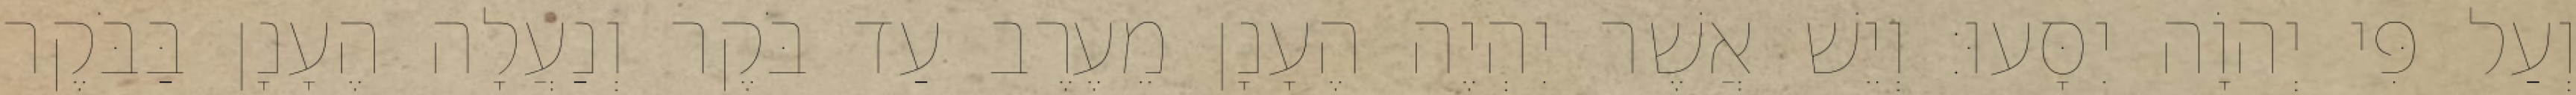
וְעַל פִּי יְהוָֹה יִסָּעוּ׃ וְיֵשׁ אֲשֶׁר יִהְיֶה הֶעָנָן מֵעֶרֶב עַד בֹּקֶר וְנַעֲלָה הֶעָנָן בַּבֹּקֶר